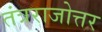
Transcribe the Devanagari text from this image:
तंत्रराजोत्तर